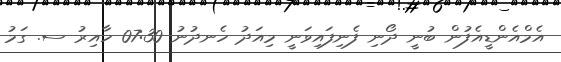
އެމްއެންޑީއެފުން ބުނީ ދޯނި ފެނިފައިވަނީ މިއަދު ހެނދުނު 07:30 ހާއިރު ސ. ގަމު